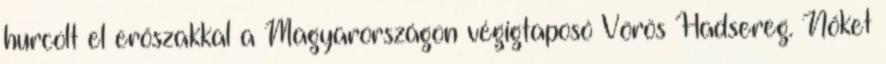
hurcolt el erőszakkal a Magyarországon végigtaposó Vörös Hadsereg. Nőket